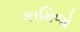
કામિજો